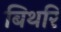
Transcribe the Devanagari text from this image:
बिथरि